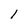
Character: l